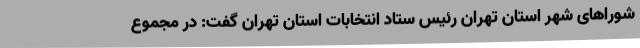
شوراهای شهر استان تهران رئیس ستاد انتخابات استان تهران گفت: در مجموع